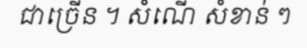
ជាច្រើន ។ សំណើ សំខាន់ ៗ